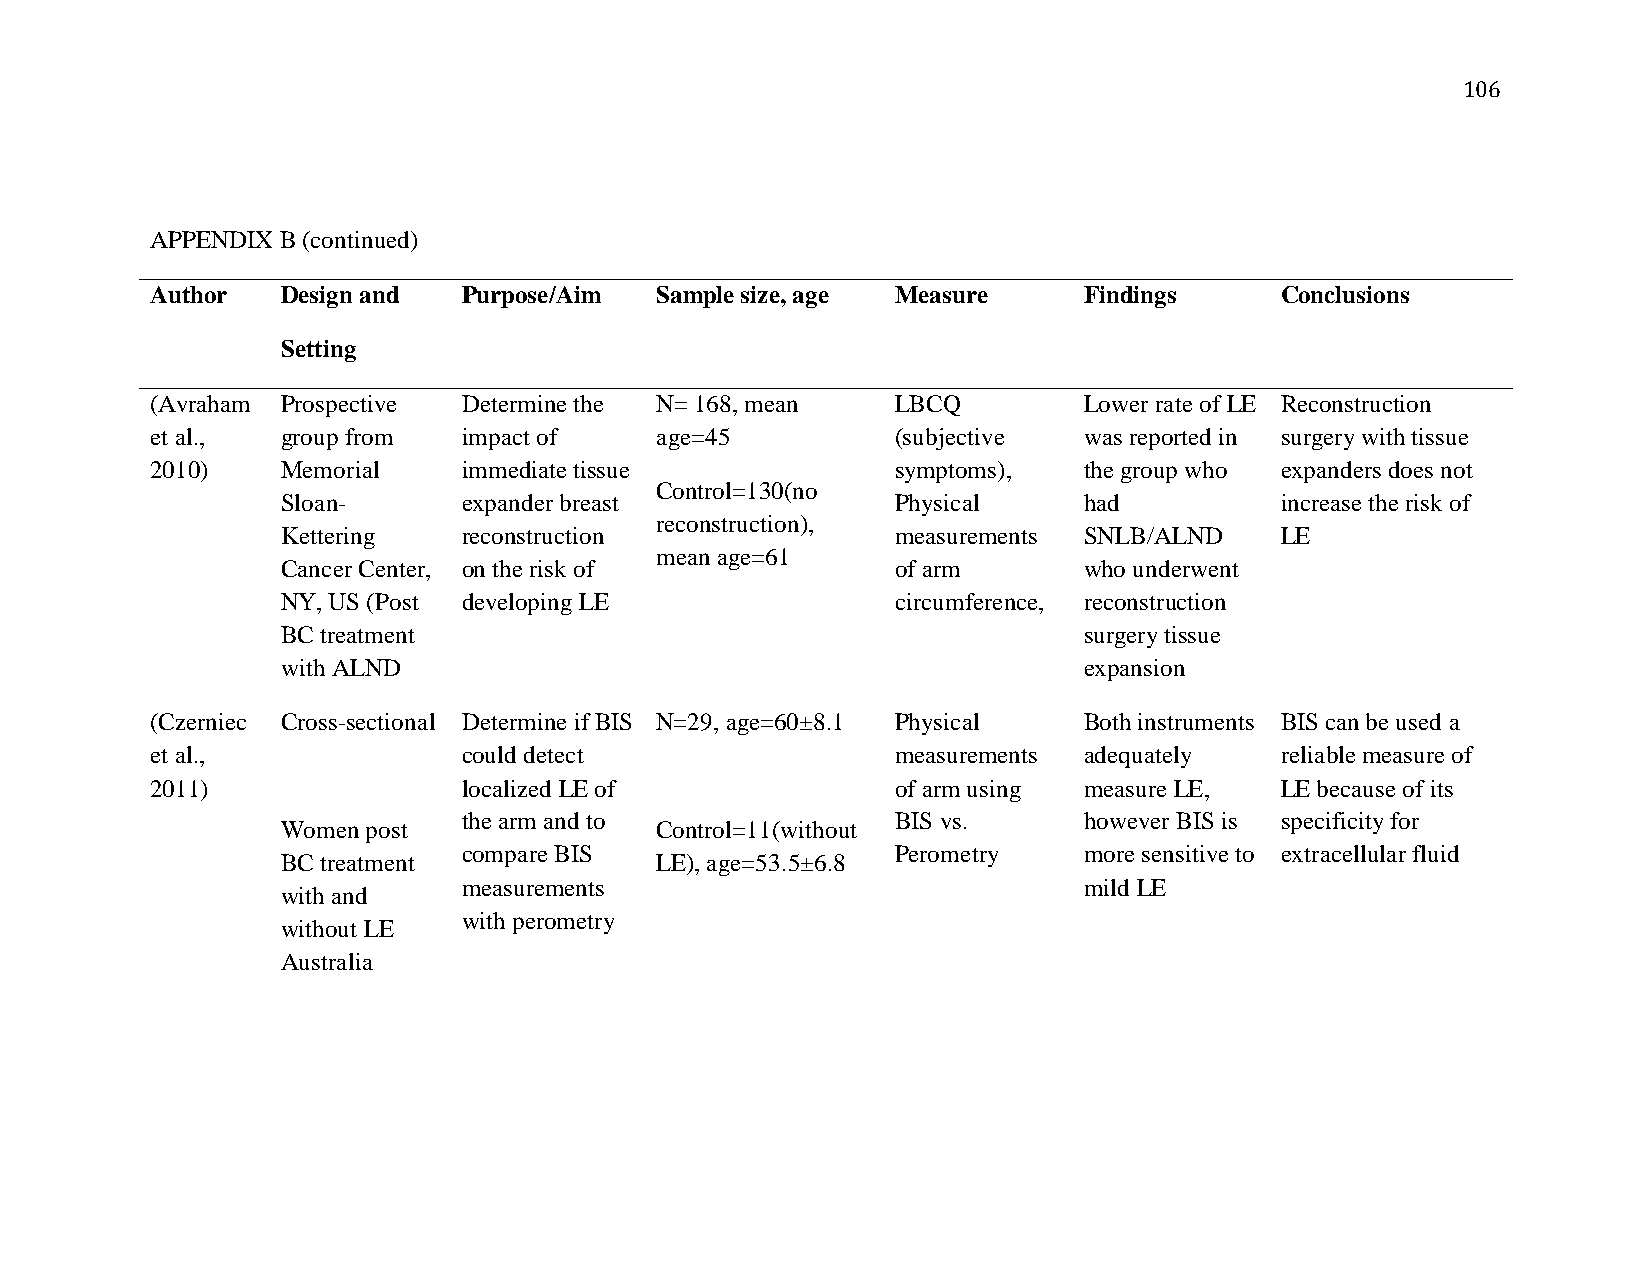
106
 APPENDIX B (continued)
 Author   Design and  Purpose/Aim Sample size, age Measure     Findings     Conclusions
 Setting
 (Avraham Prospective Determine the N= 168, mean  LBCQ         Lower rate of LE Reconstruction
 et al.,  group from  impact of   age=45          (subjective  was reported in surgery with tissue
 2010)    Memorial    immediate tissue            symptoms),   the group who expanders does not
 Control=130(no
 Sloan-      expander breast             Physical     had          increase the risk of
 reconstruction),
 Kettering   reconstruction              measurements SNLB/ALND    LE
 mean age=61
 Cancer Center, on the risk of           of arm       who underwent
 NY, US (Post developing LE              circumference, reconstruction
 BC treatment                                         surgery tissue
 with ALND                                            expansion
 (Czerniec Cross-sectional Determine if BIS N=29, age=60±8.1 Physical Both instruments BIS can be used a
 et al.,              could detect                measurements adequately   reliable measure of
 2011)                localized LE of             of arm using measure LE,  LE because of its
 the arm and to              BIS vs.      however BIS is specificity for
 Women post              Control=11(without
 compare BIS                 Perometry    more sensitive to extracellular fluid
 BC treatment            LE), age=53.5±6.8
 measurements                             mild LE
 with and
 with perometry
 without LE
 Australia